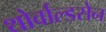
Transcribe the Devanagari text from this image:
थोर्वाल्डसेन